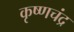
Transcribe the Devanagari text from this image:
कृष्‍णचंद्र